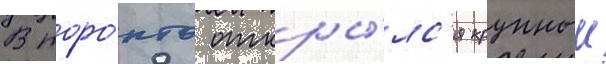
В торо́нто откры́лс'я крупныи